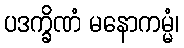
ပဒက္ခိဏံ မနောကမ္မံ၊